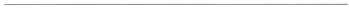
___